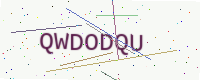
Text: QWDODQU